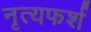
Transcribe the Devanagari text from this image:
नृत्यफर्श